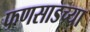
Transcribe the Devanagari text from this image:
फणसाडच्या